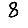
Digit: 8